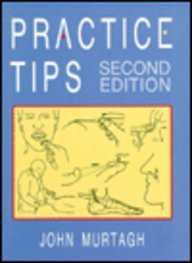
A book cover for Practice Tips; John Murtagh; Medical Books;